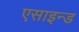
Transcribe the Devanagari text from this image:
एसाइन्ड